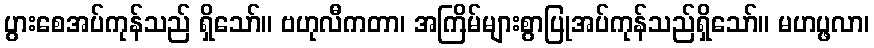
ပွားစေအပ်ကုန်သည် ရှိသော်။ ဗဟုလီကတာ၊ အကြိမ်များစွာပြုအပ်ကုန်သည်ရှိသော်။ မဟပ္ဖလာ၊